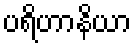
ပရိဟာနိယာ